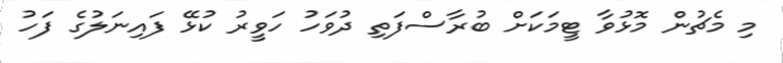
މި މެޗުން މޮޅުވާ ޓީމަކަށް ބުރާސްފަތި ދުވަހު ހަވީރު ކުޅޭ ފައިނަލުގެ ފަހު